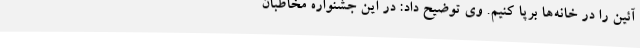
آئین را در خانه‌ها برپا کنیم. وی توضیح داد: در این جشنواره مخاطبان